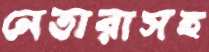
নেতারাসহ